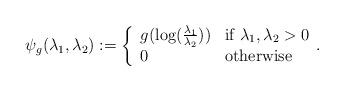
LaTeX: \begin{align*}\psi_g(\lambda_{1},\lambda_{2}):= \left\{\begin{array}{ll}g(\log(\frac{\lambda_{1}}{\lambda_{2}}))&\textrm{if }\lambda_{1},\lambda_{2}>0\\0&\textrm{otherwise}\end{array}.\right.\end{align*}